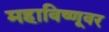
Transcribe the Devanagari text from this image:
महाविष्णूवर